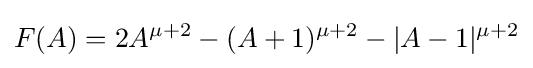
F(A)=2A^{\mu +2}-(A+1)^{\mu +2}-|A-1|^{\mu +2}